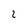
Character: 2